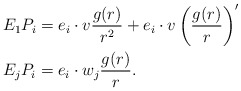
\begin{align*}&E_1 P_i = e_i \cdot v \frac{g(r)}{r^2} + e_i \cdot v \left( \frac{g(r)}{r} \right)' \\&E_j P_i = e_i \cdot w_j \frac{g(r)}{r} .\end{align*}